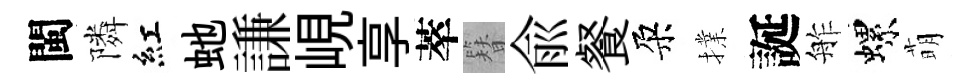
閩隣紅虵謙峴享萃簪兪餐朶擈誕舴螺萌